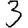
Digit: 3